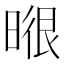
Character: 𭦶